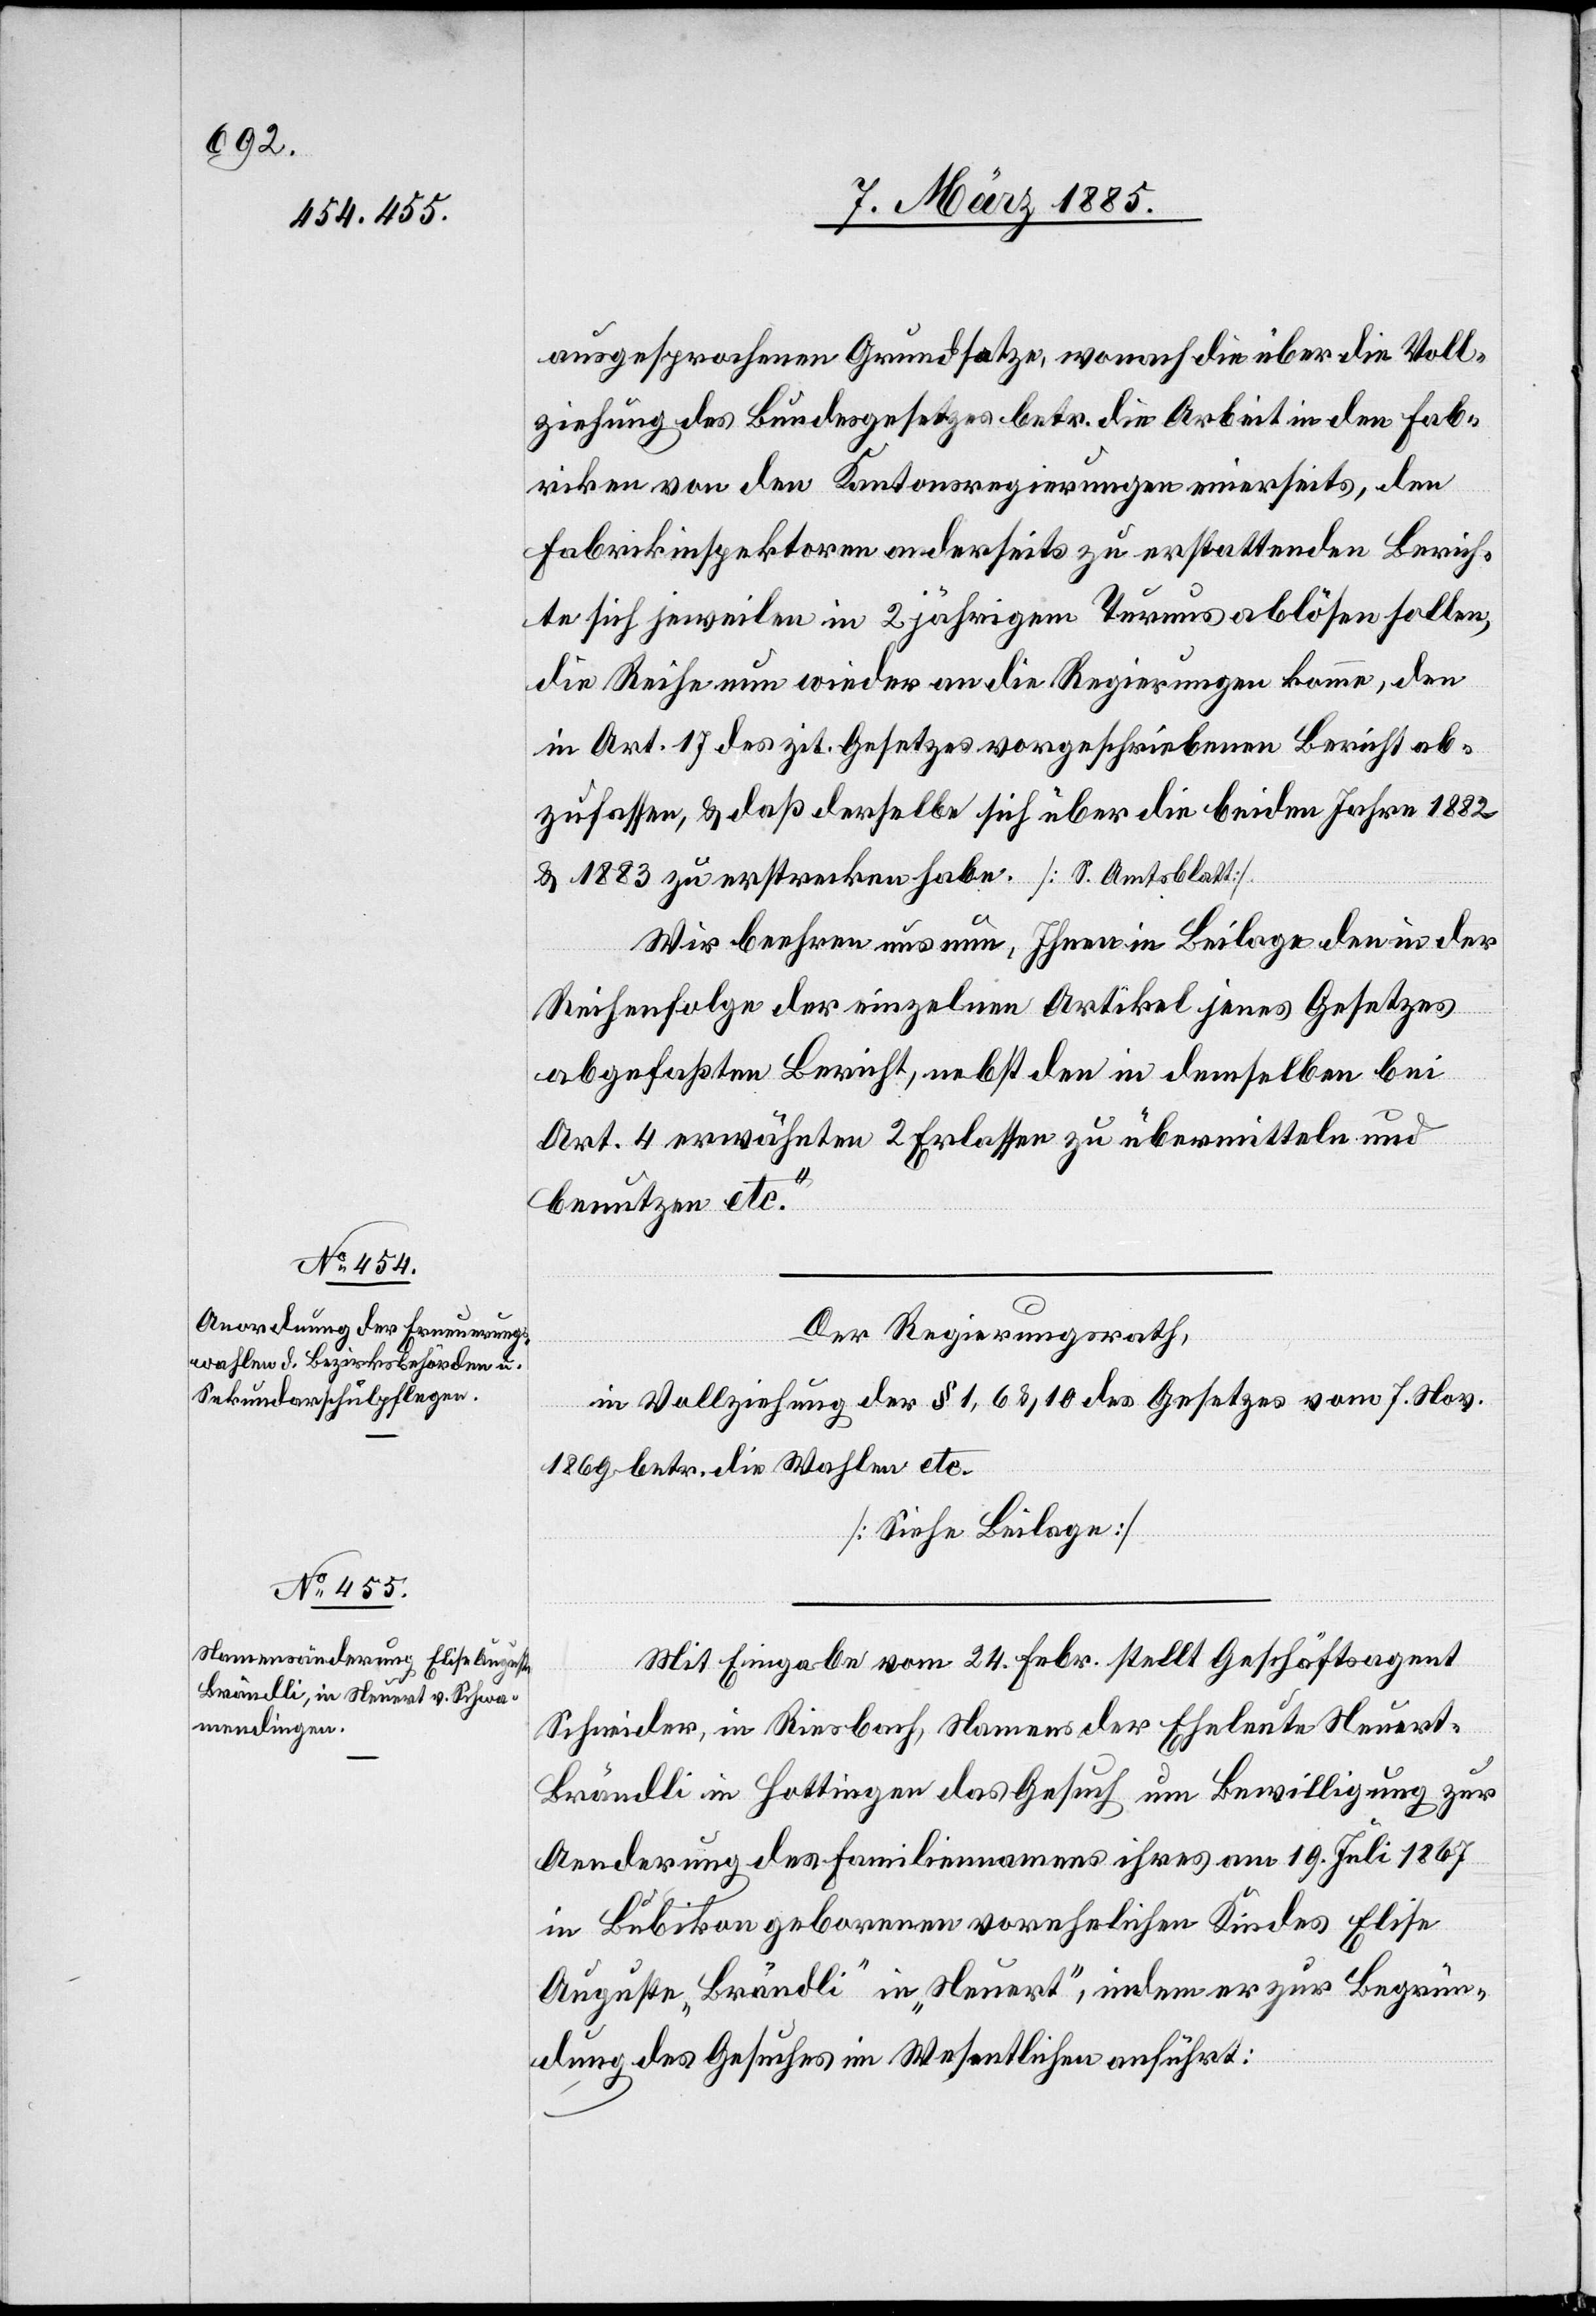
ausgesprochenen Grundsatze, wonach die über die Voll¬
ziehung des Bundesgesetzes betr. die Arbeit in den Fab¬
riken von den Kantonsregierungen einerseits, den
Fabrikinspektoren anderseits zu erstattenden Berich¬
te sich jeweilen in 2 jährigem Turnus ablösen sollen,
die Reihe nun wieder an die Regierungen komme, den
in Art. 17 des zit. Gesetzes vorgeschriebenen Bericht ab¬
zufassen, & daß derselbe sich über die beiden Jahre 1882
& 1883 zu erstrecken habe. [S. Amtsblatt].
Wir beehren uns nun, Ihnen in Beilage den in der
Reihenfolge der einzelnen Artikel jenes Gesetzes
abgefaßten Bericht, nebst den in demselben bei
Art. 4 erwähnten 2 erlassen zu übermitteln und
benutzen etc.“
Mit Eingabe vom 24. Febr. stellt Geschäftsagent
Schneider, in Riesbach, Namens der Eheleute Neuert-B¬
rändli in Hottingen das Gesuch um Bewilligung zur
Aenderung des Familiennamens ihres am 16. Juli 1867
in Bubikon geborenen vorehelichen Kindes Elise
Auguste „Brändli“ in „Neuert“, indem er zur Begrün¬
dung des Gesuches im Wesentlichen anführt: